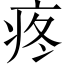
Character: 疼